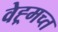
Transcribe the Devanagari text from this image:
वेह्र्मच्त